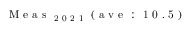
\mathrm { ~ M ~ e ~ a ~ s ~ } _ { \mathrm { ~ 2 ~ 0 ~ 2 ~ 1 ~ } } \mathrm { ~ ( ~ a ~ v ~ e ~ : ~ 1 ~ 0 ~ . ~ 5 ~ ) ~ }